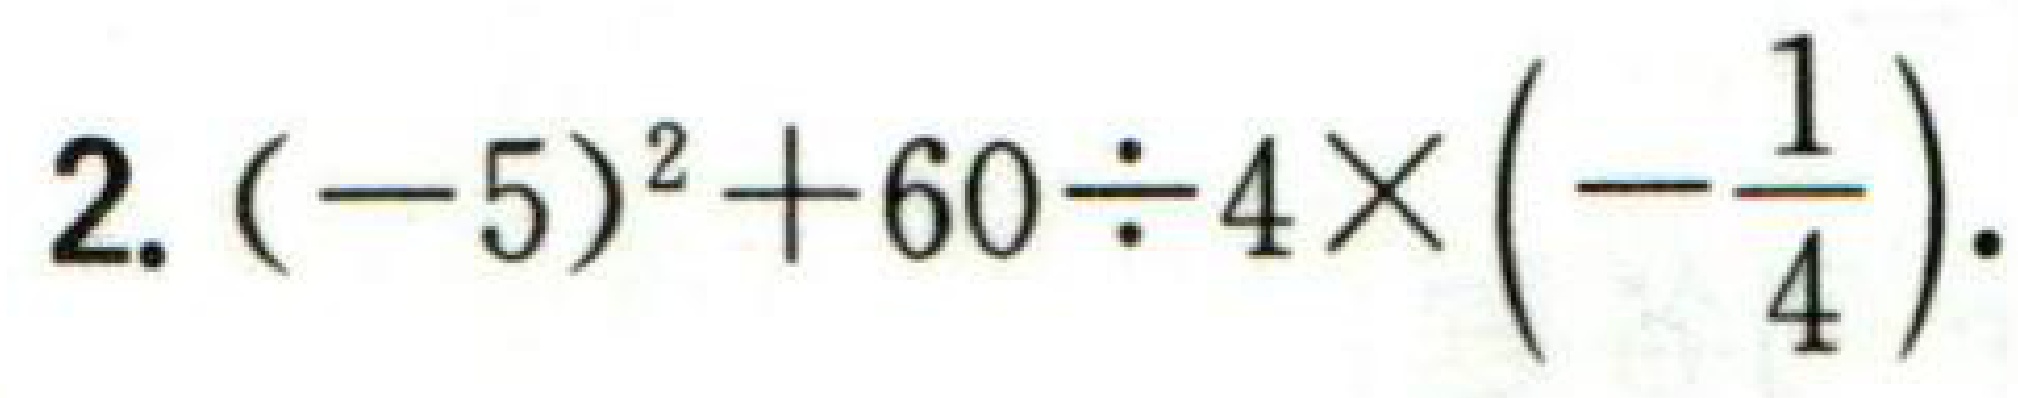
\(2.(-5)^{2}+60\div4\times\left(-\dfrac{1}{4}\right).\)